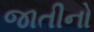
જાતીનો